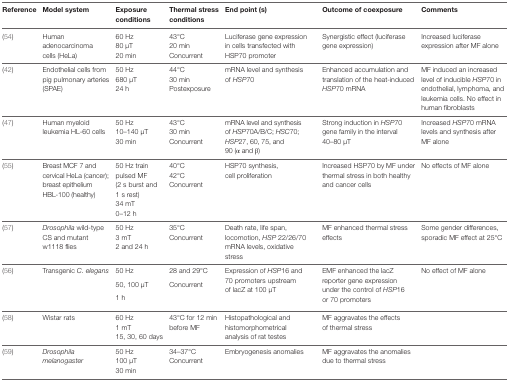
<table><thead><tr><td><b>Reference</b></td><td><b>Model system</b></td><td><b>Exposure conditions</b></td><td><b>Thermal stress conditions</b></td><td><b>End point (s)</b></td><td><b>Outcome of coexposure</b></td><td><b>Comments</b></td></tr></thead><tbody><tr><td rowspan="3">(54)</td><td rowspan="3">Human adenocarcinoma cells (HeLa)</td><td>60 Hz</td><td>43°C</td><td rowspan="3">Luciferase gene expression in cells transfected with HSP70 promoter</td><td rowspan="3">Synergistic effect (luciferase gene expression)</td><td rowspan="3">Increased luciferase expression after MF alone</td></tr><tr><td>80 μT</td><td>20 min</td></tr><tr><td>20 min</td><td>Concurrent</td></tr><tr><td rowspan="3">(42)</td><td rowspan="3">Endothelial cells from pig pulmonary arteries (SPAE)</td><td>50 Hz</td><td>44°C</td><td rowspan="3">mRNA level and synthesis of <i>HSP</i>70</td><td rowspan="3">Enhanced accumulation and translation of the heat-induced <i>HSP</i>70 mRNA</td><td rowspan="3">MF induced an increased level of inducible <i>HSP</i>70 in endothelial, lymphoma, and leukemia cells. No effect in human fibroblasts</td></tr><tr><td>680 μT</td><td>30 min</td></tr><tr><td>24 h</td><td>Postexposure</td></tr><tr><td rowspan="3">(47)</td><td rowspan="3">Human myeloid leukemia HL-60 cells</td><td>50 Hz</td><td>43°C</td><td rowspan="3">mRNA level and synthesis of <i>HSP</i>70A/B/C; <i>HSC</i>70; <i>HSP</i>27, 60, 75, and 90 (α and β)</td><td rowspan="3">Strong induction in <i>HSP</i>70 gene family in the interval 40–80 μT</td><td rowspan="3">Increased <i>HSP</i>70 mRNA levels and synthesis after MF alone</td></tr><tr><td>10–140 μT</td><td>30 min</td></tr><tr><td>30 min</td><td>Concurrent</td></tr><tr><td rowspan="5">(55)</td><td rowspan="5">Breast MCF 7 and cervical HeLa (cancer); breast epithelium HBL-100 (healthy)</td><td rowspan="3">50 Hz train pulsed MF (2 s burst and 1 s rest)</td><td>40°C</td><td rowspan="5">HSP70 synthesis, cell proliferation</td><td rowspan="5">Increased HSP70 by MF under thermal stress in both healthy and cancer cells</td><td rowspan="5">No effects of MF alone</td></tr><tr><td>42°C</td></tr><tr><td rowspan="3">Concurrent</td></tr><tr><td>34 mT</td></tr><tr><td>0–12 h</td></tr><tr><td rowspan="3">(57)</td><td rowspan="3"><i>Drosophila</i> wild-type CS and mutant w1118 flies</td><td>50 Hz</td><td>35°C</td><td rowspan="3">Death rate, life span, locomotion, <i>HSP</i> 22/26/70 mRNA levels, oxidative stress</td><td rowspan="3">MF enhanced thermal stress effects</td><td rowspan="3">Some gender differences, sporadic MF effect at 25°C</td></tr><tr><td>3 mT</td><td rowspan="2">Concurrent</td></tr><tr><td>2 and 24 h</td></tr><tr><td rowspan="3">(56)</td><td rowspan="3">Transgenic <i>C. elegans</i></td><td>50 Hz</td><td>28 and 29°C</td><td rowspan="3">Expression of <i>HSP</i>16 and 70 promoters upstream of lacZ at 100 μT</td><td rowspan="3">EMF enhanced the lacZ reporter gene expression under the control of <i>HSP</i>16 or 70 promoters</td><td rowspan="3">No effect of MF alone</td></tr><tr><td>50, 100 μT</td><td rowspan="2">Concurrent</td></tr><tr><td>1 h</td></tr><tr><td rowspan="3">(58)</td><td rowspan="3">Wistar rats</td><td>60 Hz</td><td rowspan="3">43°C for 12 min before MF</td><td rowspan="3">Histopathological and histomorphometrical analysis of rat testes</td><td rowspan="3">MF aggravates the effects of thermal stress</td><td rowspan="3"></td></tr><tr><td>1 mT</td></tr><tr><td>15, 30, 60 days</td></tr><tr><td rowspan="3">(59)</td><td rowspan="3"><i>Drosophila melanogaster</i></td><td>50 Hz</td><td>34–37°C</td><td rowspan="3">Embryogenesis anomalies</td><td rowspan="3">MF aggravates the anomalies due to thermal stress</td><td rowspan="3"></td></tr><tr><td>100 μT</td><td rowspan="2">Concurrent</td></tr><tr><td>30 min</td></tr></tbody></table>